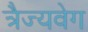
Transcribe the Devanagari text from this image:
त्रैज्यवेग